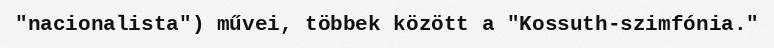
"nacionalista") művei, többek között a "Kossuth-szimfónia."